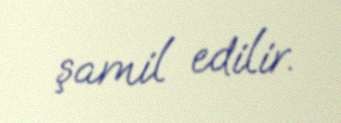
şamil edilir.